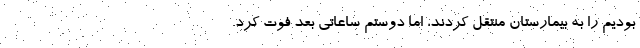
بودیم را به بیمارستان منتقل کردند، اما دوستم ساعاتی بعد فوت کرد.